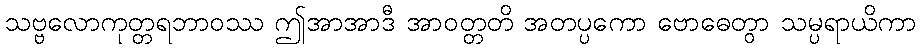
သဗ္ဗလောကုတ္တရဘာဝဿ ဤအာအာဒီ အာဝတ္တတိ အတပ္ပကော ဗောဓေတွာ သမ္ပရာယိကာ